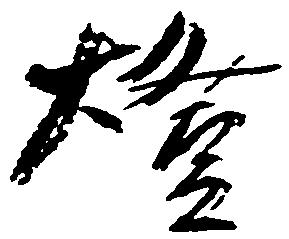
燈